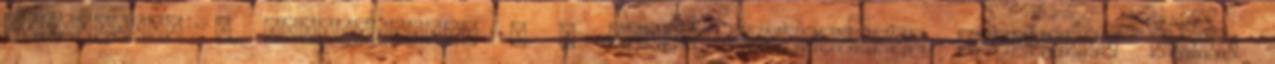
osszesitve a kisgazdakkal . A masik politikaban csalodott reteg